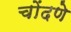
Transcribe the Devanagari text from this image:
चोंदणे